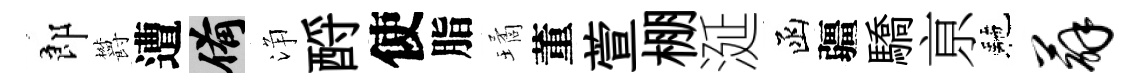
郎欝遭備浄酹使脂璚董萱棚涎函疆驕亰駰薜